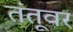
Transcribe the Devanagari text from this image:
तंतूवर